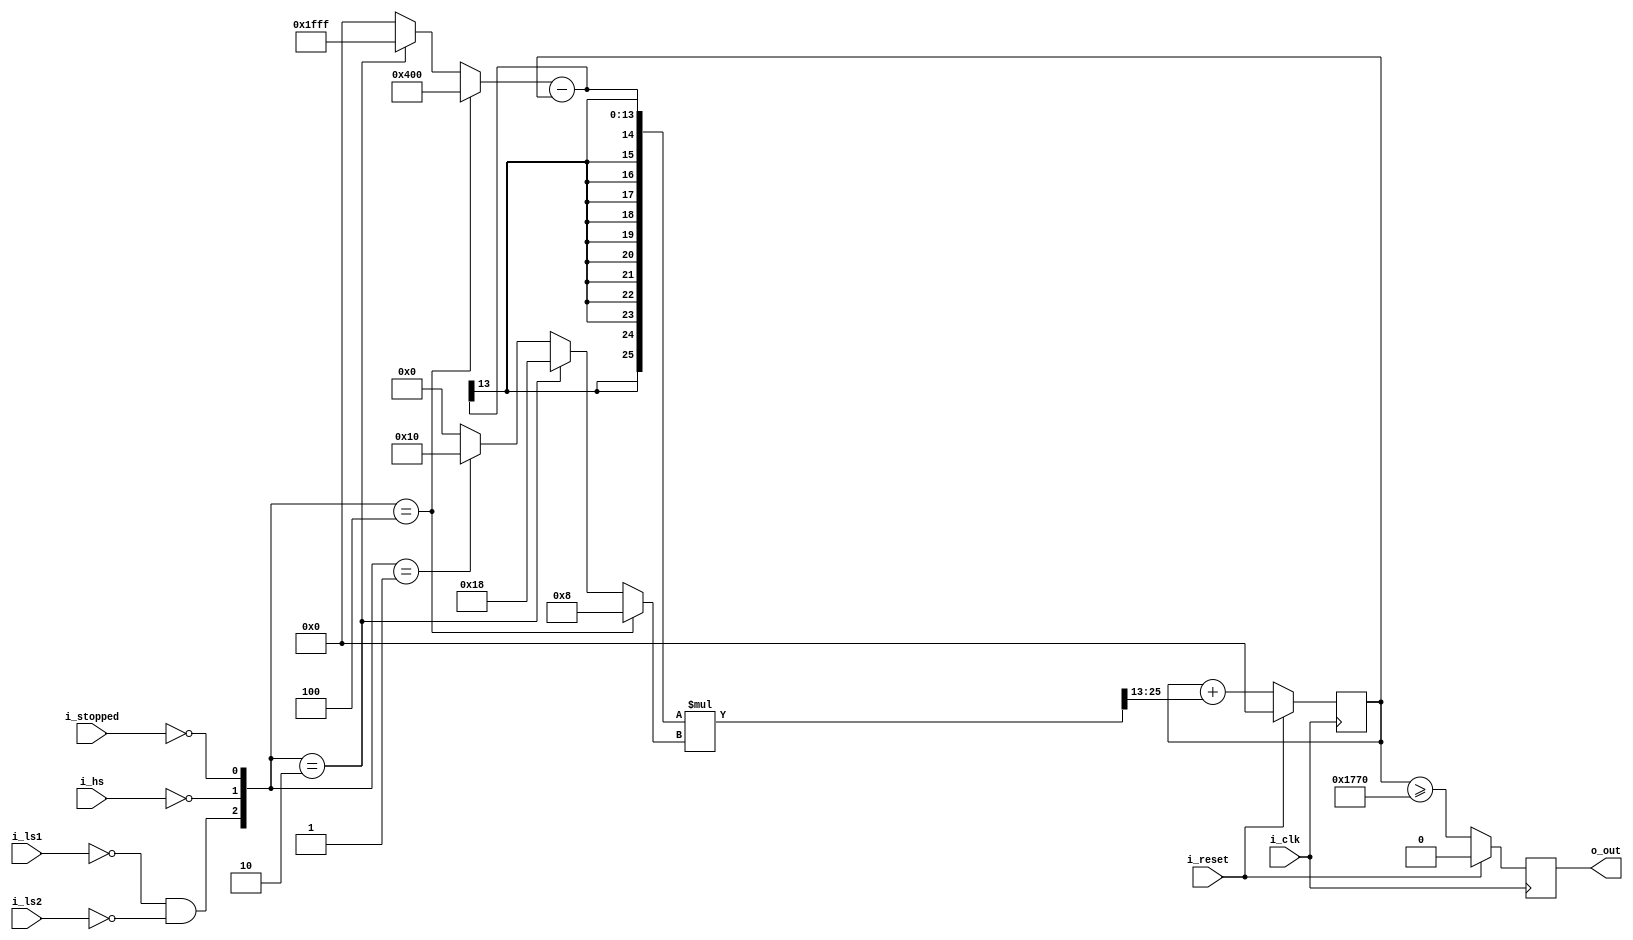
module rlim4(i_clk, i_reset,
	i_ls1, i_ls2,
	i_hs,
	i_stopped,
	o_out);

parameter TS=130;
parameter PREC = 5;
parameter LOWSPEED = 8; 
parameter HIGHSPEED = 24;
parameter STOPPED = 16;
parameter THRESHOLD = 6000;
parameter [W-1:0] HI = 8191;
parameter [W-1:0] LO = 1024;

localparam W = PREC + $clog2(TS);

input wire i_clk;
input wire i_reset;
input wire i_ls1;
input wire i_ls2;
input wire i_hs;
input wire i_stopped;
output reg o_out;

reg [W-1:0] charge;

wire [W-1:0] target;
wire [W-1:0] factor;

wire [2:0] ds = {~i_ls1 & ~i_ls2, ~i_hs, ~i_stopped};

assign target = (ds == 3'h4) ? LO : (ds == 3'h2) ? HI : 0;
assign factor = (ds == 3'h4) ? LOWSPEED :
		(ds == 3'h2) ? HIGHSPEED :
		(ds == 3'h1) ? STOPPED :
		0;

wire [2*W-1:0] incr;
assign incr = (target-$signed(charge)) * factor;

always @(posedge i_clk) begin
	if (i_reset)
		charge <= 0;
	else
		charge <= charge + incr[2*W-1:W];
	o_out = i_reset ? 1'b0 : charge >= THRESHOLD;
end
endmodule